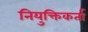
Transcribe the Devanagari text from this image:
नियुक्तिकर्ता